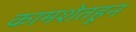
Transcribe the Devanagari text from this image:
कामशेतहून